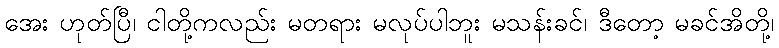
အေး ဟုတ်ပြီ၊ ငါတို့ကလည်း မတရား မလုပ်ပါဘူး မသန်းခင်၊ ဒီတော့ မခင်အိတို့၊